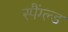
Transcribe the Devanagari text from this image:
स्पैंग्ल्ड